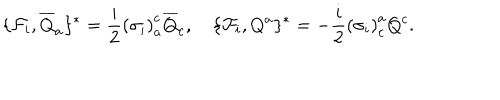
LaTeX: \lbrace { \cal F } _ { i } , { \overline { { { Q } } } } _ { a } \rbrace ^ { \ast } = \frac { i } { 2 } { ( \sigma _ { i } ) } _ { a } ^ { c } { \overline { { { Q } } } } _ { c } , \quad \lbrace { \cal F } _ { i } , Q ^ { a } \rbrace ^ { \ast } = - \frac { i } { 2 } { ( \sigma _ { i } ) } _ { c } ^ { a } Q ^ { c } .